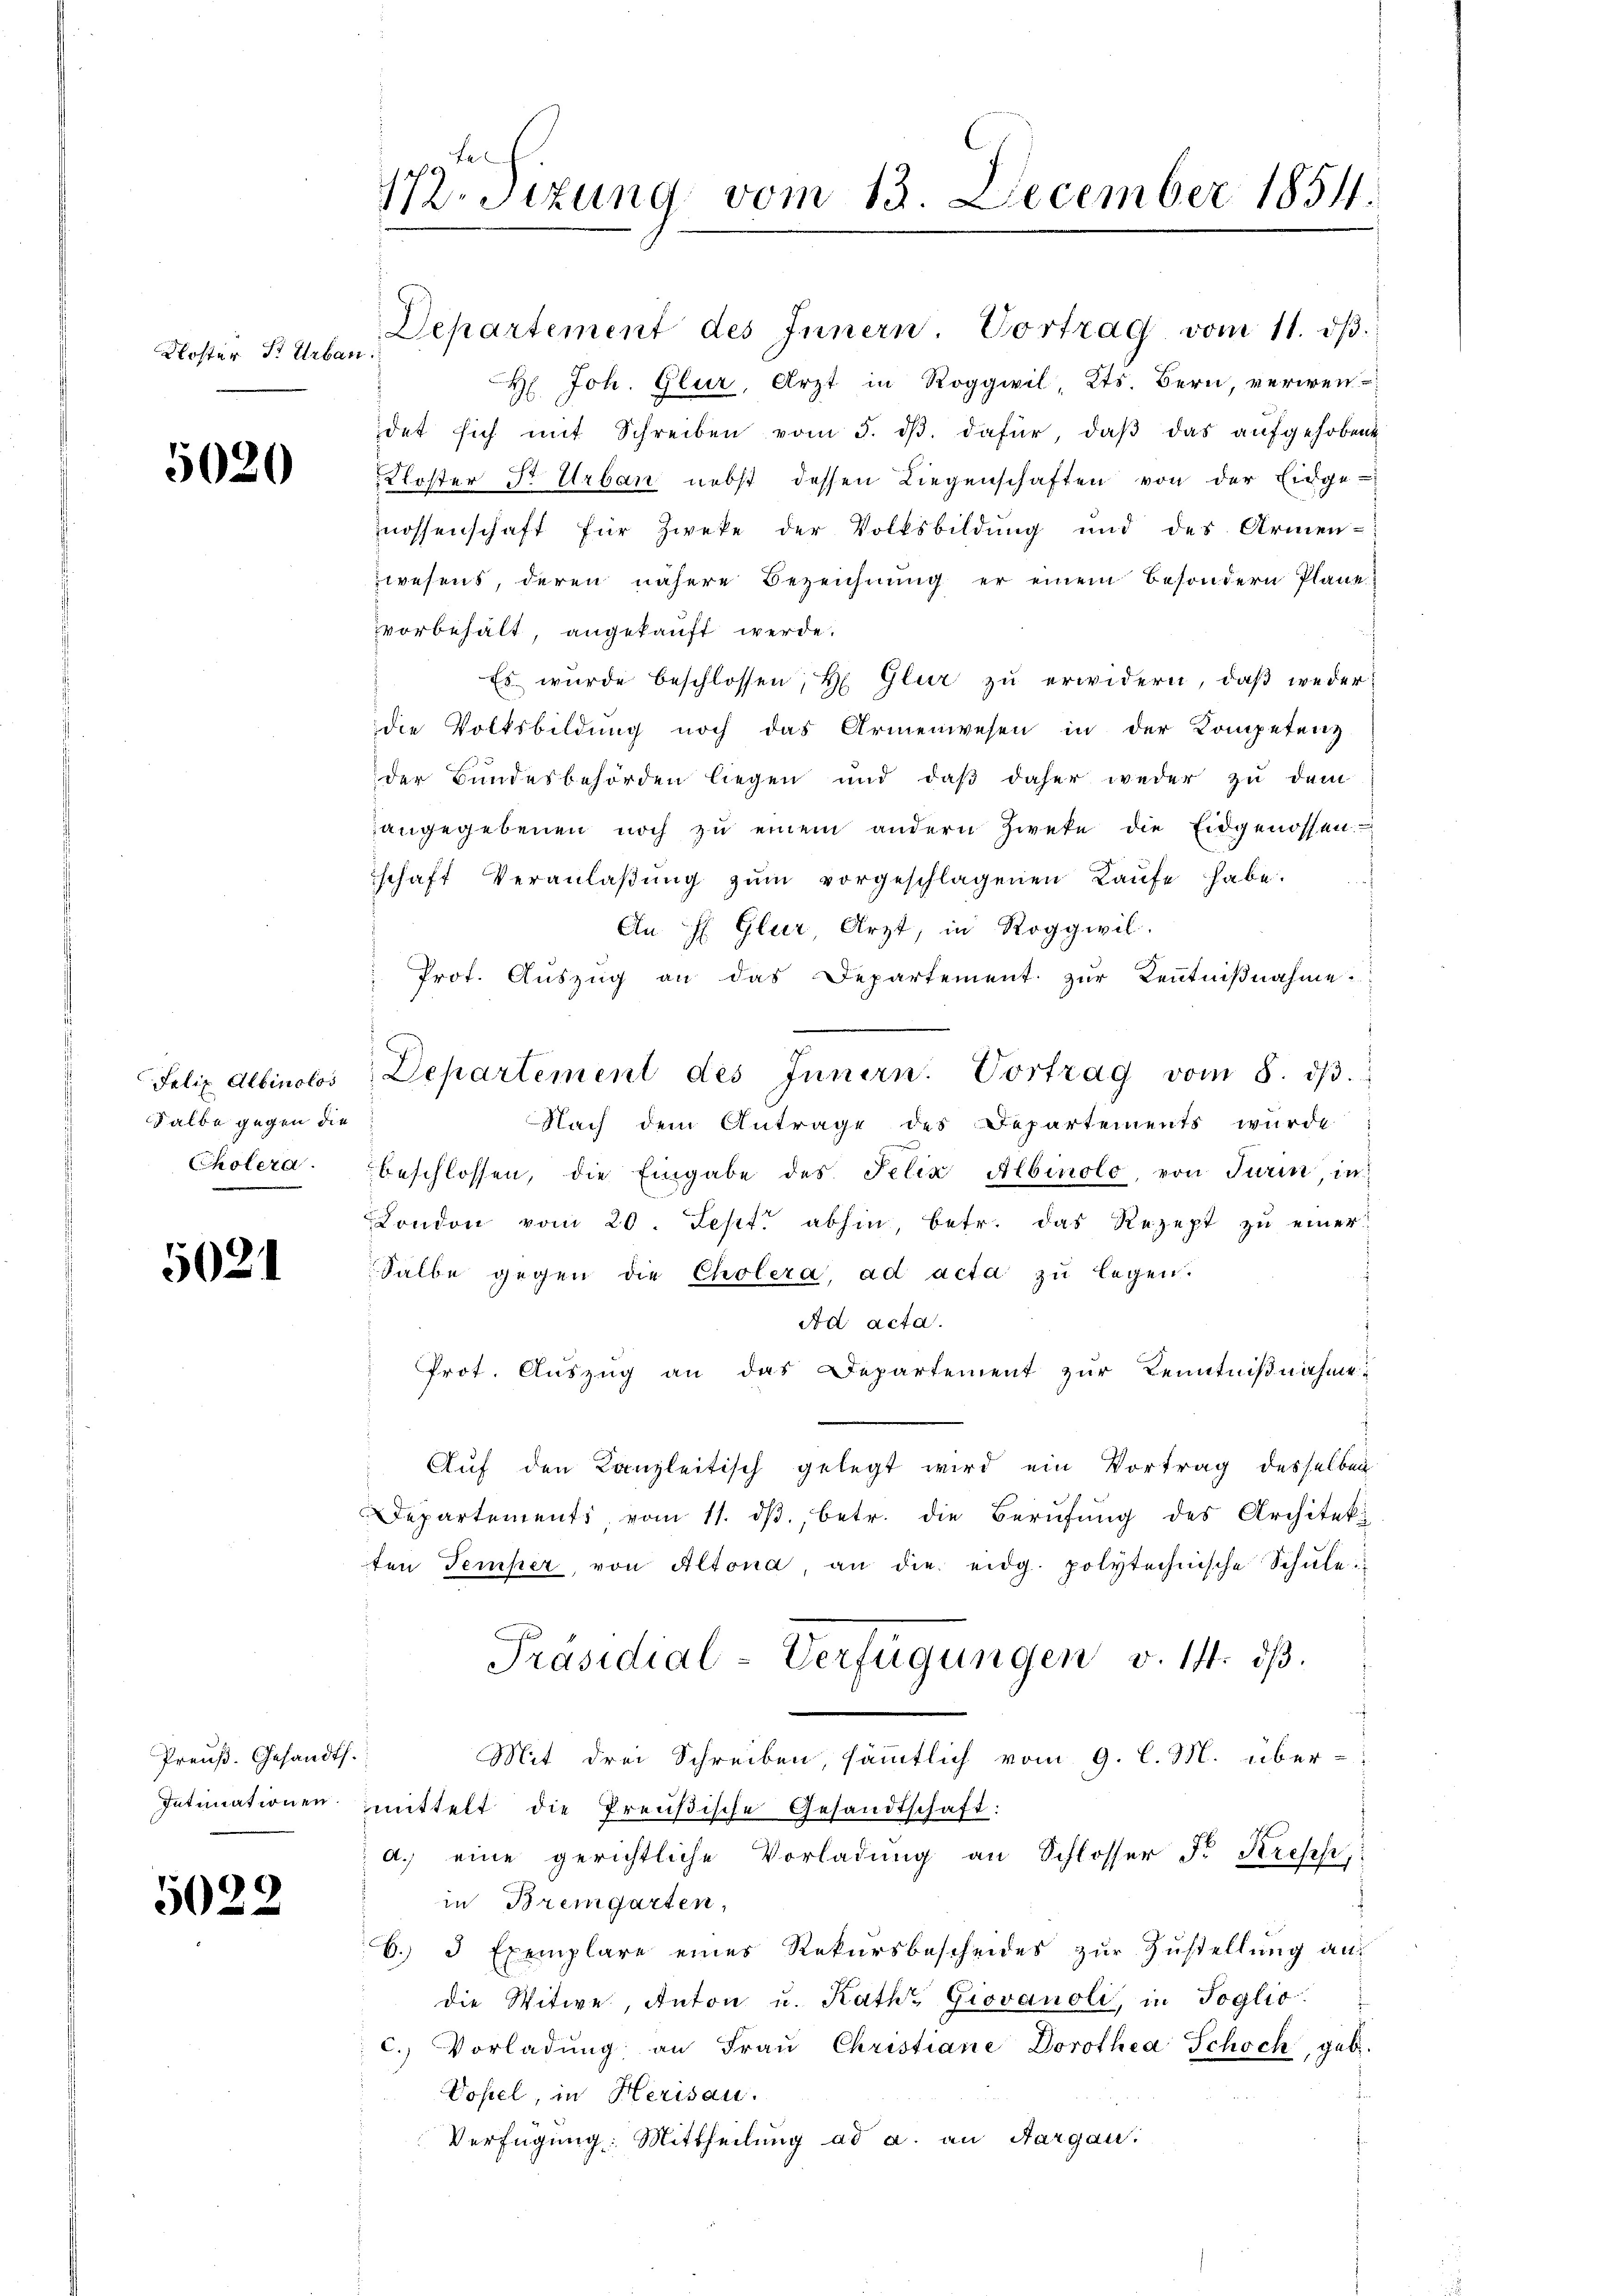
Kloster P. Urban

5020

Salbe gegen die

5021

Preuß. Gesandts.

5022

172. Situng vom 13. December 1854.

Departement des Innern. Vortrag vom 11. dβ.
H Joh. Glur, Arzt in Roggwil, Kts. Bern, verwendet sich mit Schreiben vom 5. dβ dafür, daβ das aufgehobene
Kloster Sr. Urban nebst dessen Liegenschaften von der Eidge-
mossenschaft für Zweke der Volksbildŭng und des Armen-
wesens, deren nähere Bezeichnung er einem besondern Plane
vorbehält, angekauft werde.
Es wurde beschlossen, H. Glur zu erwidern, daß weder
die Volksbildung noch das Armenwesen in der Kompetenz
der Bundesbehörden liegen und daß daher weder zu dem
angegebenen noch zŭ einem andern Zweke die Eidgenossen.
schaft Veranlaβŭng zŭm vorgeschlagenen Laŭfe habe.
An  Glur, Arzt, in Roggwil.
Prot. Auszug an das Departement zur Kenntnißnahme.
Felix Albinolos Departement des Innern. Vortrag vom 8. dβ.
Nach dem Antrage des Departements wurde:
Cholera. beschlossen, die Eingabe des Felix Albinolo, von Turin, in
London vom 20. Sept. abhin, betr. das Rezept zu einer
halbe gegen die Cholera, ad acta zu legen.
Ad acta.
Prot. Auszug an das Departement zur Kenntnißnahme
Auf den Kanzleitisch gelegt wird ein Vortrag desselben
Departements, vom 11. dβ, betr. die Berufung des Architeki
ten Temper, von Altona, an die eidg. polytechnische Schŭle.
Präsidial-Verfügungen v. 14. ds.
Mit drei Schreiben, sämmtlich vom 9. l. M. über-
Intimationen mittelt die Preußische Gesandtschaft:
d.) eine gerichtliche Vorladung an Schlosser Fr. Kresh
in Bremgarten,
C. 3 Exemplare eines Rekursbescheides zur Zustellung auf
die Witwe, Anton u. Raths Giovanoli, in Soglio
c. Vorladŭng an Fraŭ Christiane Dorothea Schock, geb.
Vosel, in Herisau.
Verfügung: Mittheilung ad a. an Aargau.